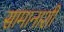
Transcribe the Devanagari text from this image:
सामानाशी